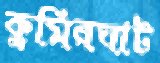
কুমিরঘাট